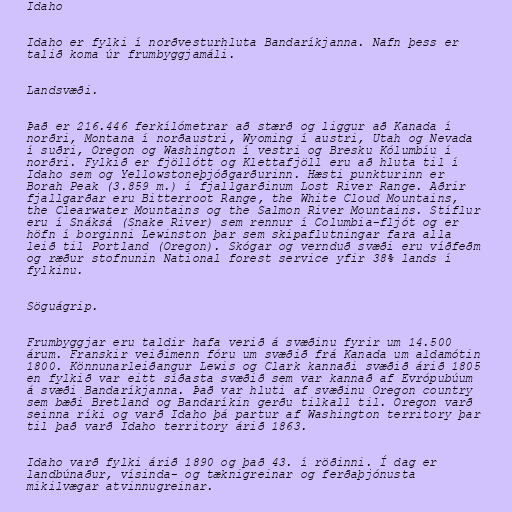
Idaho

Idaho er fylki í norðvesturhluta Bandaríkjanna. Nafn þess er
talið koma úr frumbyggjamáli.

Landsvæði.

Það er 216.446 ferkílómetrar að stærð og liggur að Kanada í
norðri, Montana í norðaustri, Wyoming í austri, Utah og Nevada
í suðri, Oregon og Washington í vestri og Bresku Kólumbíu í
norðri. Fylkið er fjöllótt og Klettafjöll eru að hluta til í
Idaho sem og Yellowstoneþjóðgarðurinn. Hæsti punkturinn er
Borah Peak (3.859 m.) í fjallgarðinum Lost River Range. Aðrir
fjallgarðar eru Bitterroot Range, the White Cloud Mountains,
the Clearwater Mountains og the Salmon River Mountains. Stíflur
eru í Snáksá (Snake River) sem rennur í Columbia-fljót og er
höfn í borginni Lewinston þar sem skipaflutningar fara alla
leið til Portland (Oregon). Skógar og vernduð svæði eru víðfeðm
og ræður stofnunin National forest service yfir 38% lands í
fylkinu.

Söguágrip.

Frumbyggjar eru taldir hafa verið á svæðinu fyrir um 14.500
árum. Franskir veiðimenn fóru um svæðið frá Kanada um aldamótin
1800. Könnunarleiðangur Lewis og Clark kannaði svæðið árið 1805
en fylkið var eitt síðasta svæðið sem var kannað af Evrópubúum
á svæði Bandaríkjanna. Það var hluti af svæðinu Oregon country
sem bæði Bretland og Bandaríkin gerðu tilkall til. Oregon varð
seinna ríki og varð Idaho þá partur af Washington territory þar
til það varð Idaho territory árið 1863.

Idaho varð fylki árið 1890 og það 43. í röðinni. Í dag er
landbúnaður, vísinda- og tæknigreinar og ferðaþjónusta
mikilvægar atvinnugreinar.